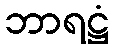
ဘာရဋ္ဌံ